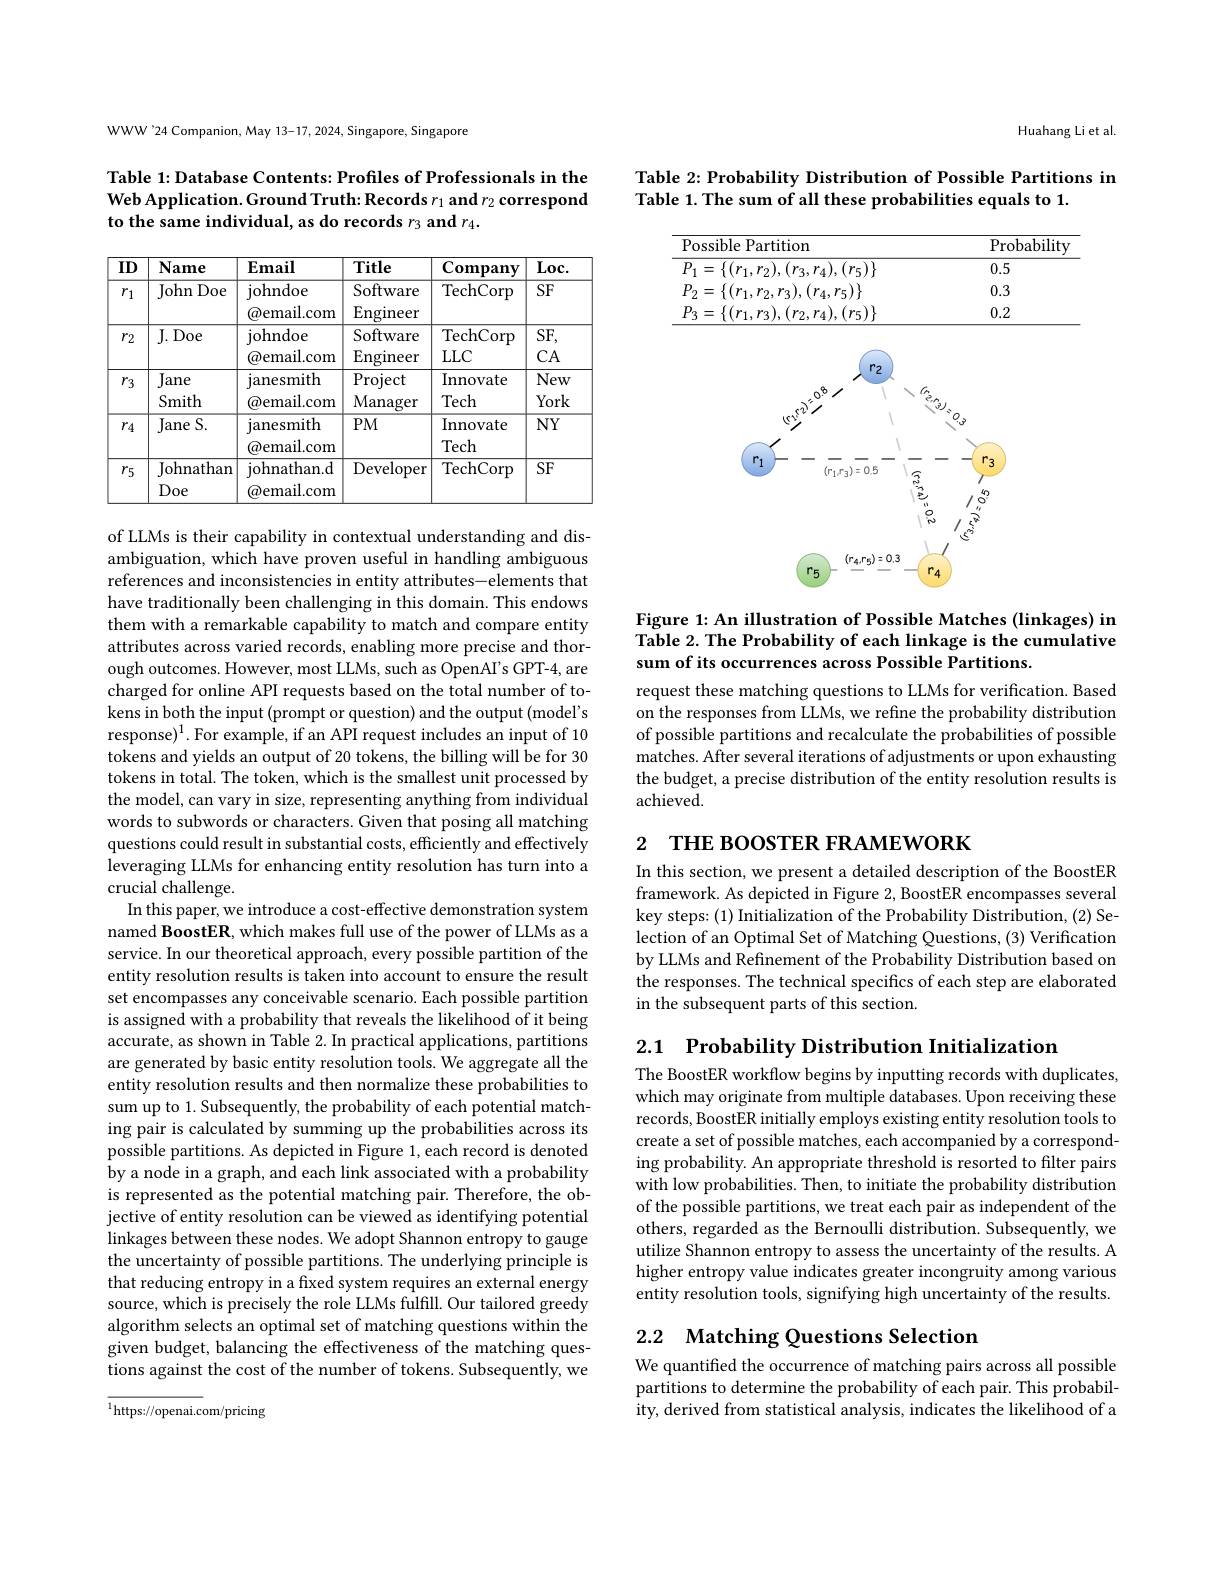
WWW'24 Companion, May 13-17, 2024, Singapore, Singapore

Table 1: Database Contents: Profiles of Professionals in the Web Application. Ground Truth: Records $r_1$ and $r_2$ correspond to the same individual, as do records $r_3\textbf{ and }r_4.$

<table>
	<tbody>
		<tr>
			<th>ID</th>
			<th>Name</th>
			<th>$\mathbf{Email}$</th>
			<th>Title</th>
			<th>Company</th>
			<th>$\overline{{\mathrm{Loc.}}}$</th>
		</tr>
		<tr>
			<td>$r_1$</td>
			<td>John Doe</td>
			<td>johndoe $\textcircled{a}$email.com</td>
			<td>Software $\operatorname{Engineer}$</td>
			<td>TechCorp</td>
			<td>SF</td>
		</tr>
		<tr>
			<td>$r_2$</td>
			<td>$J.Doe$</td>
			<td>${\mathrm{johndoe}}$ $\textcircled{a}$email.com</td>
			<td>Software $\operatorname{Engineer}$</td>
			<td>${\overline{{\mathrm{TechCorp}}}}$ $LLC$</td>
			<td>$SF$, $CA$</td>
		</tr>
		<tr>
			<td>$r_3$</td>
			<td>Jane Smith</td>
			<td>janesmith $\textcircled{a}$email.com</td>
			<td>Project Manager</td>
			<td>Innovate Tech</td>
			<td>New York</td>
		</tr>
		<tr>
			<td>$r_{4}$</td>
			<td>Jane S.</td>
			<td>ianesmith $\textcircled{a}$email.com</td>
			<td>$PM$</td>
			<td>Innovate Tech</td>
			<td>$NY$</td>
		</tr>
		<tr>
			<td>$r_5$</td>
			<td>Johnathan Doe</td>
			<td>johnathan. d $\textcircled{a}$email.com</td>
			<td>${\mathrm{Developer}}$</td>
			<td>${\overline{{\mathrm{TechCorp}}}}$</td>
			<td>$SF$</td>
		</tr>
	</tbody>
</table>

of LLMs is their capability in contextual understanding and disambiguation, which have proven useful in handling ambiguous references and inconsistencies in entity attributes-elements that have traditionally been challenging in this domain. This endows them with a remarkable capability to match and compare entity attributes across varied records, enabling more precise and thorough outcomes. However, most LLMs, such as OpenAI's GPT-4, are charged for online API requests based on the total number of tokens in both the input (prompt or question) and the output (model's $response)^1. For example, if an API request includes an input of 10$ tokens and yields an output of 20 tokens, the billing will be for 30 tokens in total. The token, which is the smallest unit processed by the model, can vary in size, representing anything from individual words to subwords or characters. Given that posing all matching questions could result in substantial costs, efficiently and effectively leveraging LLMs for enhancing entity resolution has turn into a crucial challenge.
In this paper, we introduce a cost-effective demonstration system named BoostER, which makes full use of the power of LLMs as a service. In our theoretical approach, every possible partition of the entity resolution results is taken into account to ensure the result set encompasses any conceivable scenario. Each possible partition is assigned with a probability that reveals the likelihood of it being accurate, as shown in Table 2. In practical applications, partitions are generated by basic entity resolution tools. We aggregate all the entity resolution results and then normalize these probabilities to sum up to 1. Subsequently, the probability of each potential matching pair is calculated by summing up the probabilities across its possible partitions. As depicted in Figure 1, each record is denoted $\hat{\text{by a node in a graph, and each link associated with a probability}}$ is represented as the potential matching pair. Therefore, the objective of entity resolution can be viewed as identifying potential linkages between these nodes. We adopt Shannon entropy to gauge the uncertainty of possible partitions. The underlying principle is that reducing entropy in a fixed system requires an external energy source, which is precisely the role LLMs fulfill. Our tailored greedy algorithm selects an optimal set of matching questions within the given budget, balancing the effectiveness of the matching questions against the cost of the number of tokens. Subsequently, we $^{1}$https://openai.com/pricing

Huahang Li et al.

Table 2: Probability Distribution of Possible Partitions in
Table 1. The sum of all these probabilities equals to 1.

<table>
	<tbody>
		<tr>
			<th>Possible Partition</th>
			<th>$\operatorname{Probability}$</th>
		</tr>
		<tr>
			<td>$P_{1}=\{(r_{1},r_{2}\}$ $(r_3,r_4),(r_5)\}$</td>
			<td>0.5</td>
		</tr>
		<tr>
			<td>$,r_{3}),(r_{4},r_{5})\}$ $P_{2}=\{(r_{1},r_{2}$, </td>
			<td>0.3</td>
		</tr>
		<tr>
			<td>$P_{3}=\{(r_{1},r_{3})$ $(r_2,r_4),(r_5)\}$</td>
			<td>0.2</td>
		</tr>
	</tbody>
</table>

<FigureHere>

Figure 1: An illustration of Possible Matches (linkages) in Table 2. The Probability of each linkage is the cumulative sum of its occurrences across Possible Partitions.

request these matching questions to LLMs for verification. Based on the responses from LLMs, we refine the probability distribution of possible partitions and recalculate the probabilities of possible matches. After several iterations of adjustments or upon exhausting the budget, a precise distribution of the entity resolution results is achieved.

2 THE BOOSTER FRAMEWORK

In this section, we present a detailed description of the BoostER framework. As depicted in Figure 2, BoostER encompasses several key steps: (1) Initialization of the Probability Distribution, (2) Selection of an Optimal Set of Matching Questions, (3) Verification by LLMs and Refinement of the Probability Distribution based on the responses. The technical specifics of each step are elaborated in the subsequent parts of this section.

2.1 $\textbf{Probability Distribution Initialization}$

The BoostER workflow begins by inputting records with duplicates, which may originate from multiple databases. Upon receiving these records, BoostER initially employs existing entity resolution tools to create a set of possible matches, each accompanied by a corresponding probability. An appropriate threshold is resorted to filter pairs with low probabilities. Then, to initiate the probability distribution of the possible partitions, we treat each pair as independent of the others, regarded as the Bernoulli distribution. Subsequently, we utilize Shannon entropy to assess the uncertainty of the results. A higher entropy value indicates greater incongruity among various entity resolution tools, signifying high uncertainty of the results.

## 2.2 Matching Questions Selection

We quantified the occurrence of matching pairs across all possible partitions to determine the probability of each pair. This probability, derived from statistical analysis, indicates the likelihood of a